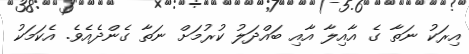
އިރަކު ނަތާ ގެ އާއިލާ އާއި ބައްދަލު ކުރުމަށް ނަތާ ގެންދެއެވެ. އެކަމަކު